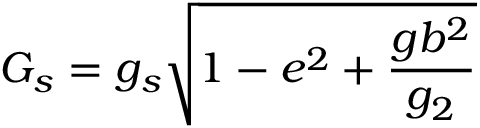
G _ { s } = g _ { s } \sqrt { 1 - e ^ { 2 } + \frac { g b ^ { 2 } } { g _ { 2 } } }